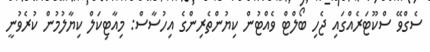
ސެގްވޭ ސްކޫޓަރެއްގައި ޖެހި ބޯލްޓް ވެއްޓުން ކިޔުންތެރިންގެ އިހުސާސް: މިއާޓިކަލް ކިޔާލުމުން ކުރެވުނީ